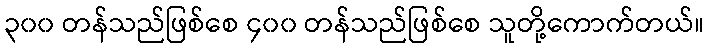
၃၀၀ တန်သည်ဖြစ်စေ ၄၀၀ တန်သည်ဖြစ်စေ သူတို့ကောက်တယ်။